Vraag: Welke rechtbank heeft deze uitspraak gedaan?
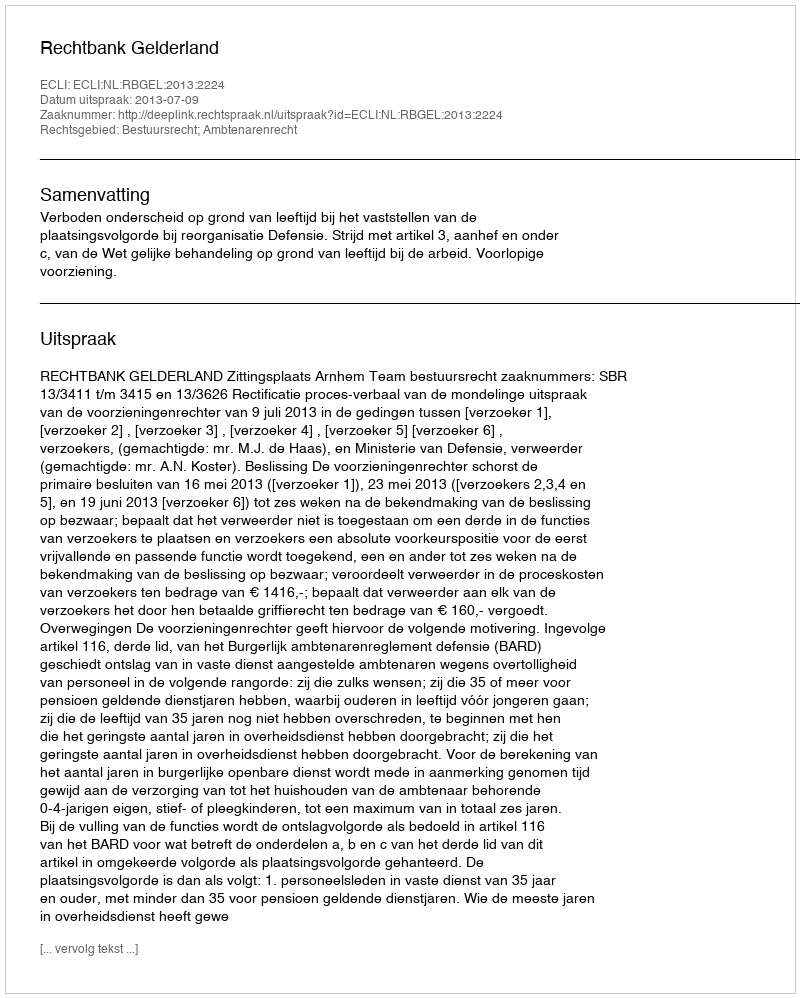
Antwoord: Rechtbank Gelderland